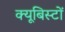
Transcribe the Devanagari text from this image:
क्यूबिस्टों